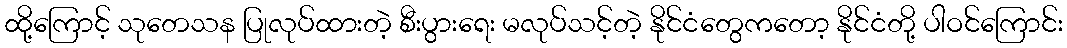
ထို့ကြောင့် သုတေသန ပြုလုပ်ထားတဲ့ စီးပွားရေး မလုပ်သင့်တဲ့ နိုင်ငံတွေကတော့ နိုင်ငံတို့ ပါဝင်ကြောင်း